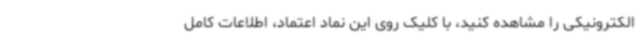
الکترونیکی را مشاهده کنید، با کلیک روی این نماد اعتماد، اطلاعات کامل